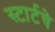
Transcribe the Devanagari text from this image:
स्टार्टचे